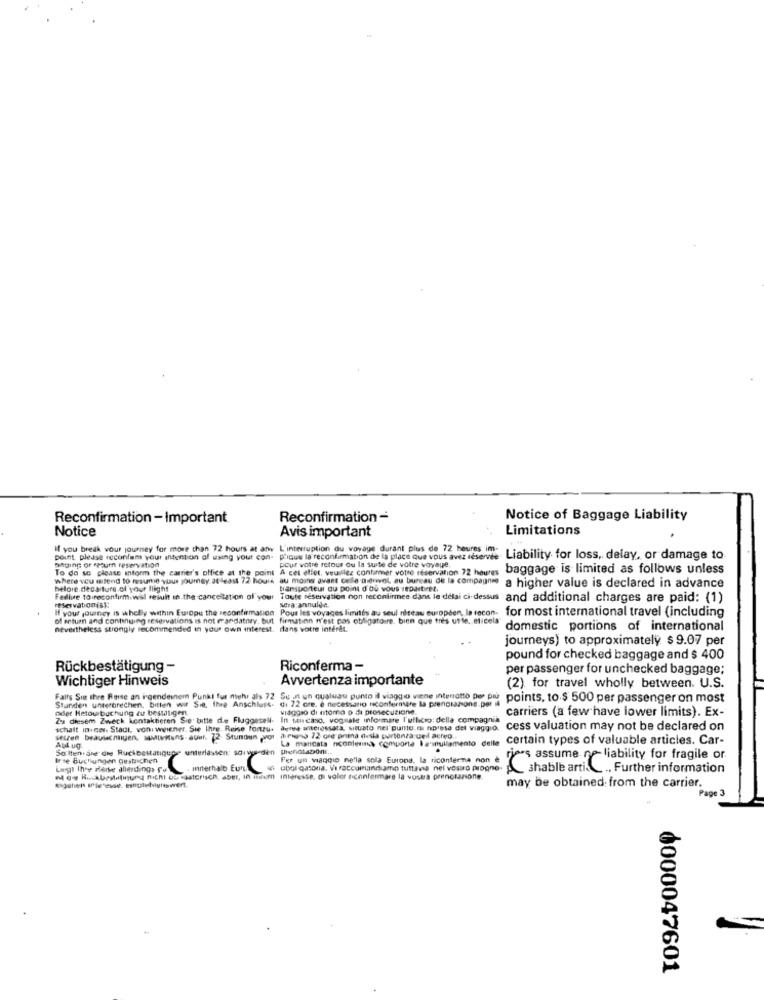
Reconfirmation - Important
Reconfirmation -
Notice of Baggage Liability
Notice
Avis important
Limitations
If you break vour journey for more than 72 hours at any L'interruption du voyage durant plus de 72 heures im-
If you break your journey for more than 72 hours at any
point, please reconfam your intention of using your con- p'issue la reconfirmation de la place que vous avez réservée
Liability for loss, delay, or damage to
To do so please inform the carrier's office at the point A cet effet, veuillez confirmer votre réservation 72 houres
hanging or spourn reservation
Pour votre retour ou la suite de votre voyage.
A cet effet, veuillez confirmer votre réservation 72 houres
baggage is limited as follows unless
where veu mtend to msume vous poumey. at least 72 hours au moins avast celle arvol, au bureau de la compagne a higher value is declared in advance
helore.decarture of your flight
transporteur du point d'où vous repartirez.
Failure to reconfirm.will result in the cancellation of your
Toute réservation non reconfirmee dans le delai ci-dessus
and additional charges are paid: (1)
reservationisk:
If your journey is wholly within Europe the reconfirmation
Pour les voyages limités au seul réseau europden, la recon-
sera annulée.
of return and continuing reservations is not mandatory, but firmation n'est pas obligatoire, bien que fres utte. eticela"
for most international travel (including
nevertheless strongly recommended in your own interest. dans votre intérêt.
domestic portions of international
journeys) to approximately $ 9.07 per
pound for checked baggage and $ 400
Rückbestätigung -
Riconferma -
per passenger for unchecked baggage;
Wichtiger Hinweis
Avvertenza importante
(2) for travel wholly between. U.S.
Faits Sin Ihre Reise an irgendeinem Punkt fur mehr als 72 Sugn un qualeau punto il viaggio viene interrotto Dos ou points, to.$ 500 per passenger on most
Stunden unterbrechen, bitten wir Sie, Ihre Anschluss. di 72 ore, è necessario neconfermare la prenotazione. per il
oder Hetourbuchung zu bestätigen.
viaggio di ntorno o di prosecuzione.
carriers (a few have lower limits). Ex-
Zes diesem Zweck kontaktieren Sie: tutte de Fluggesell- In turcaso, vognale informate l'ufficio: della compagnia
schalt in.col. Stadt, von weiener. Sie Ihre. Reise fortzu. derwe anterossata, situato nel punto. nipresa del viaggio.
cess valuation may not be declared on
Setzen brauledningen. swiuns auf. 72- Stunden -vor arwino 72 ore nina della partenza del acreo.
La mancata nconlemina, comporte la inullamento delle
certain types of valuable articles. Car-
So' ltin. sie die Ruchbestatiques unterlassen: soitu den prenotazioni ..
Birse Buchungen gustachen
Per un viaggio nella sola Europa, la riconferma non
-s assume no liability for fragile or
. innerhalb Euro en ubol gationa. Vi raccomandiamo tuttavia nel vosaro progno
shable arti. .. Further information
new Rockbeslatinund nicht ou egatorisch, aber, in miem interesse, di voler nconfermare la vostra prenotazione.
may be obtained from the carrier.
"Page 3
8000047601